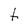
Character: t